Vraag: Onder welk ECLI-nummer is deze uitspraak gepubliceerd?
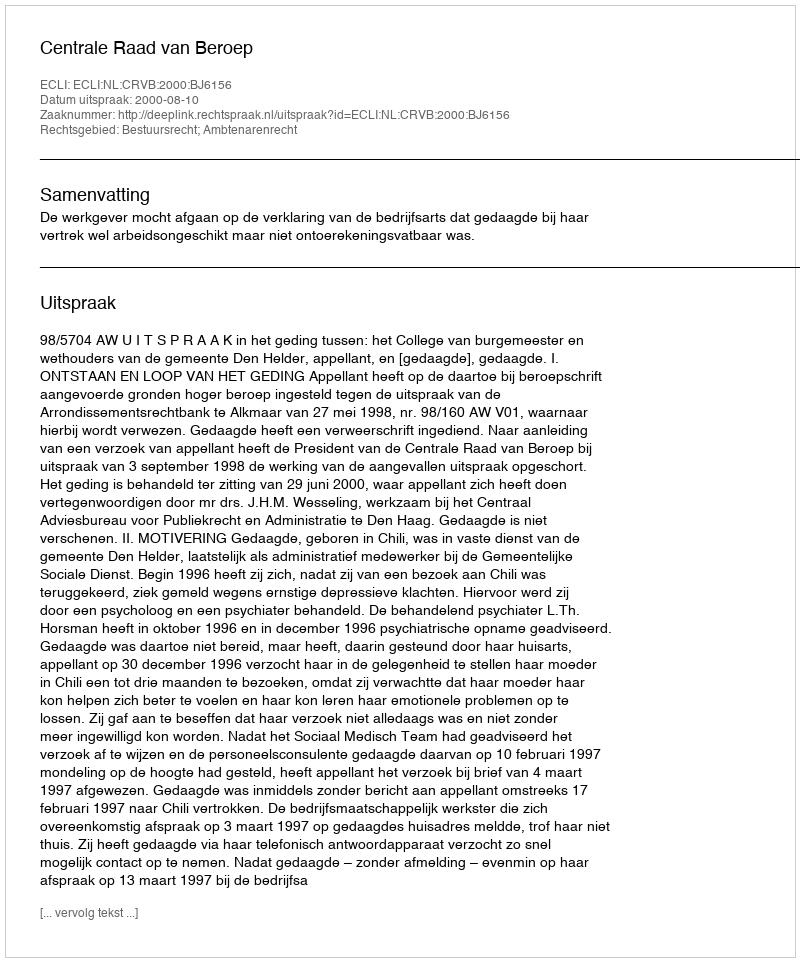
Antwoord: ECLI:NL:CRVB:2000:BJ6156